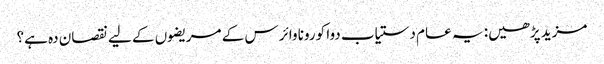
مزید پڑھیں: یہ عام دستیاب دوا کورونا وائرس کے مریضوں کے لیے نقصان دہ ہے؟